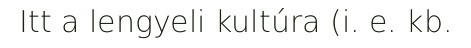
Itt a lengyeli kultúra (i. e. kb.